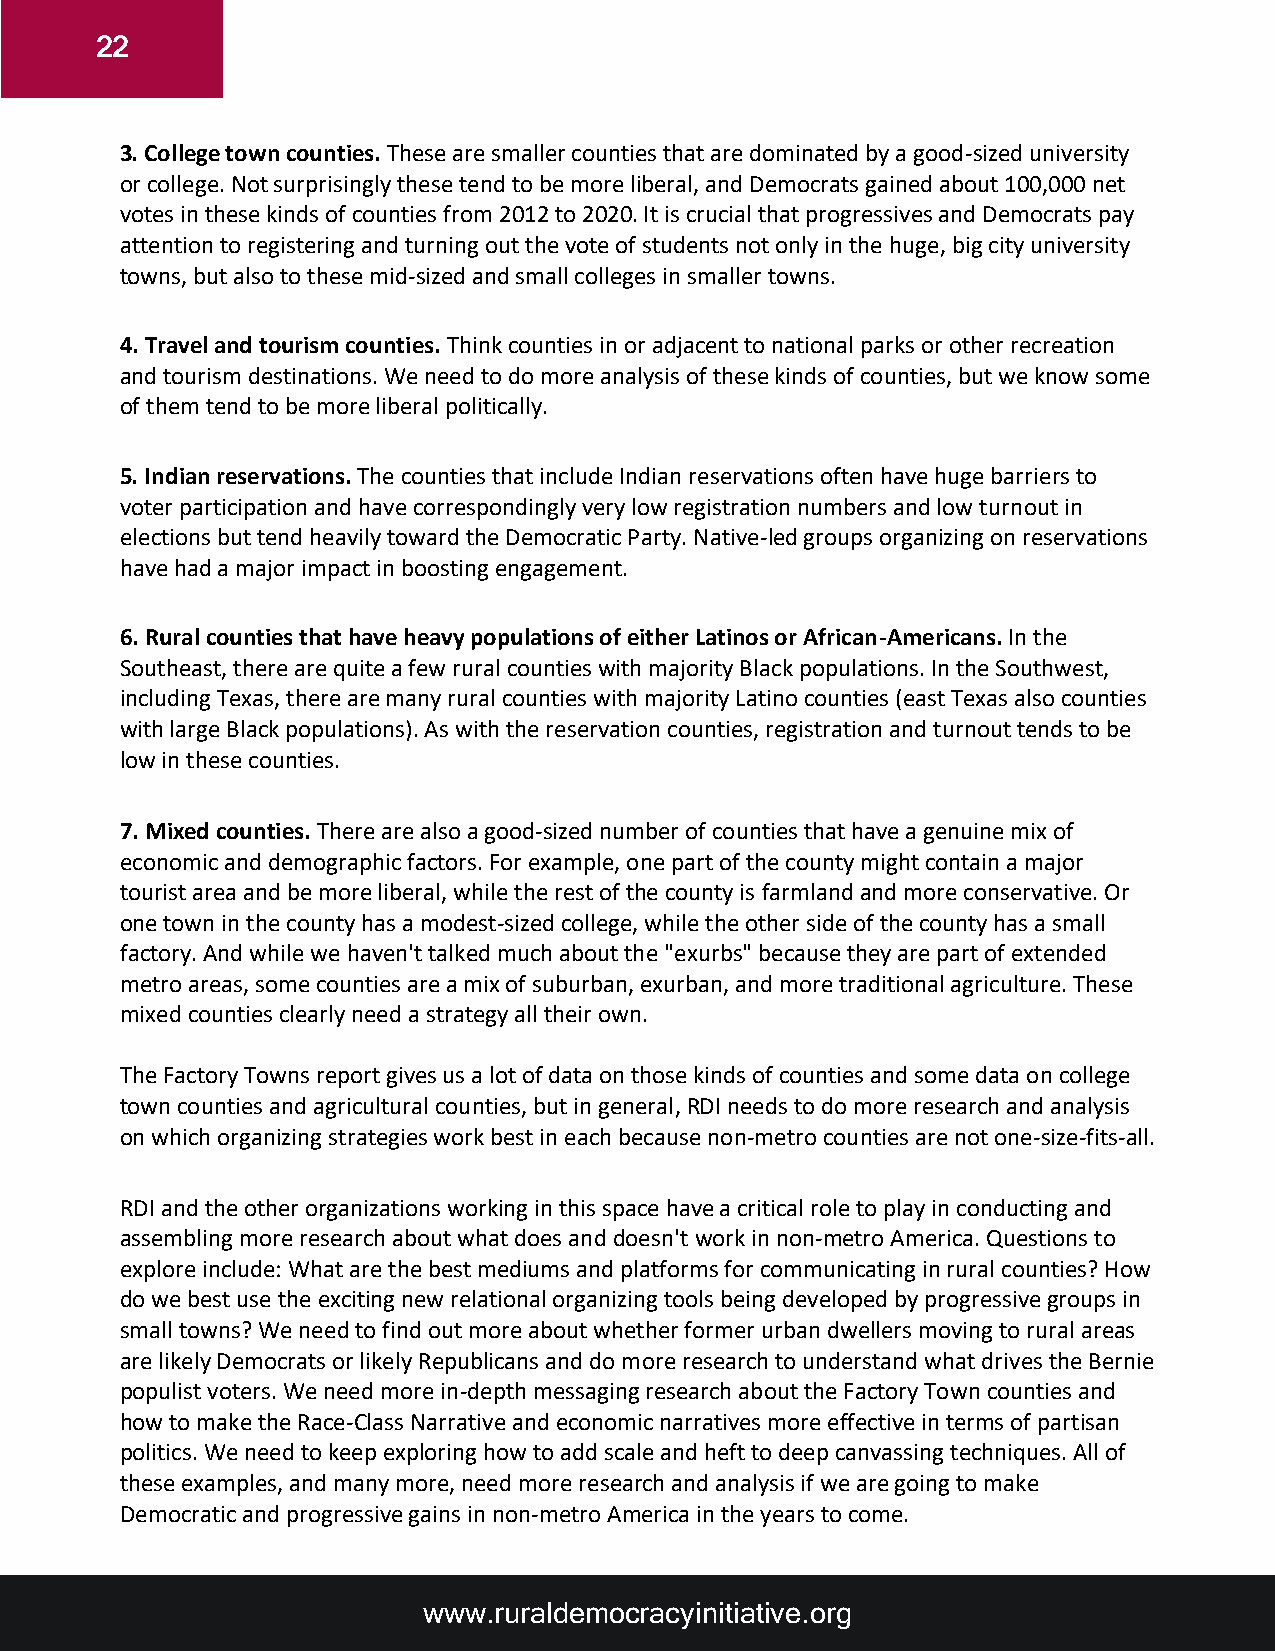
22
 3. College town counties. These are smaller counties that are dominated by a good-sized university
 or college. Not surprisingly these tend to be more liberal, and Democrats gained about 100,000 net
 votes in these kinds of counties from 2012 to 2020. It is crucial that progressives and Democrats pay
 attention to registering and turning out the vote of students not only in the huge, big city university
 towns, but also to these mid-sized and small colleges in smaller towns.
 4. Travel and tourism counties. Think counties in or adjacent to national parks or other recreation
 and tourism destinations. We need to do more analysis of these kinds of counties, but we know some
 of them tend to be more liberal politically.
 5. Indian reservations. The counties that include Indian reservations often have huge barriers to
 voter participation and have correspondingly very low registration numbers and low turnout in
 elections but tend heavily toward the Democratic Party. Native-led groups organizing on reservations
 have had a major impact in boosting engagement.
 6. Rural counties that have heavy populations of either Latinos or African-Americans. In the
 Southeast, there are quite a few rural counties with majority Black populations. In the Southwest,
 including Texas, there are many rural counties with majority Latino counties (east Texas also counties
 with large Black populations). As with the reservation counties, registration and turnout tends to be
 low in these counties.
 7. Mixed counties. There are also a good-sized number of counties that have a genuine mix of
 economic and demographic factors. For example, one part of the county might contain a major
 tourist area and be more liberal, while the rest of the county is farmland and more conservative. Or
 one town in the county has a modest-sized college, while the other side of the county has a small
 factory. And while we haven't talked much about the "exurbs" because they are part of extended
 metro areas, some counties are a mix of suburban, exurban, and more traditional agriculture. These
 mixed counties clearly need a strategy all their own.
 The Factory Towns report gives us a lot of data on those kinds of counties and some data on college
 town counties and agricultural counties, but in general, RDI needs to do more research and analysis
 on which organizing strategies work best in each because non-metro counties are not one-size-fits-all.
 RDI and the other organizations working in this space have a critical role to play in conducting and
 assembling more research about what does and doesn't work in non-metro America. Questions to
 explore include: What are the best mediums and platforms for communicating in rural counties? How
 do we best use the exciting new relational organizing tools being developed by progressive groups in
 small towns? We need to find out more about whether former urban dwellers moving to rural areas
 are likely Democrats or likely Republicans and do more research to understand what drives the Bernie
 populist voters. We need more in-depth messaging research about the Factory Town counties and
 how to make the Race-Class Narrative and economic narratives more effective in terms of partisan
 politics. We need to keep exploring how to add scale and heft to deep canvassing techniques. All of
 these examples, and many more, need more research and analysis if we are going to make
 Democratic and progressive gains in non-metro America in the years to come.
 www.ruraldemocracyinitiative.org